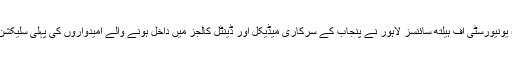
08 نومبر2019ء) یونیورسٹی آف ہیلتھ سائنسز لاہور نے پنجاب کے سرکاری میڈیکل اور ڈینٹل کالجز میں داخل ہونے والے امیدواروں کی پہلی سلیکشن لسٹ جاری کردی۔